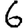
Digit: 6